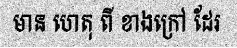
មាន ហេតុ ពី ខាងក្រៅ ដែរ